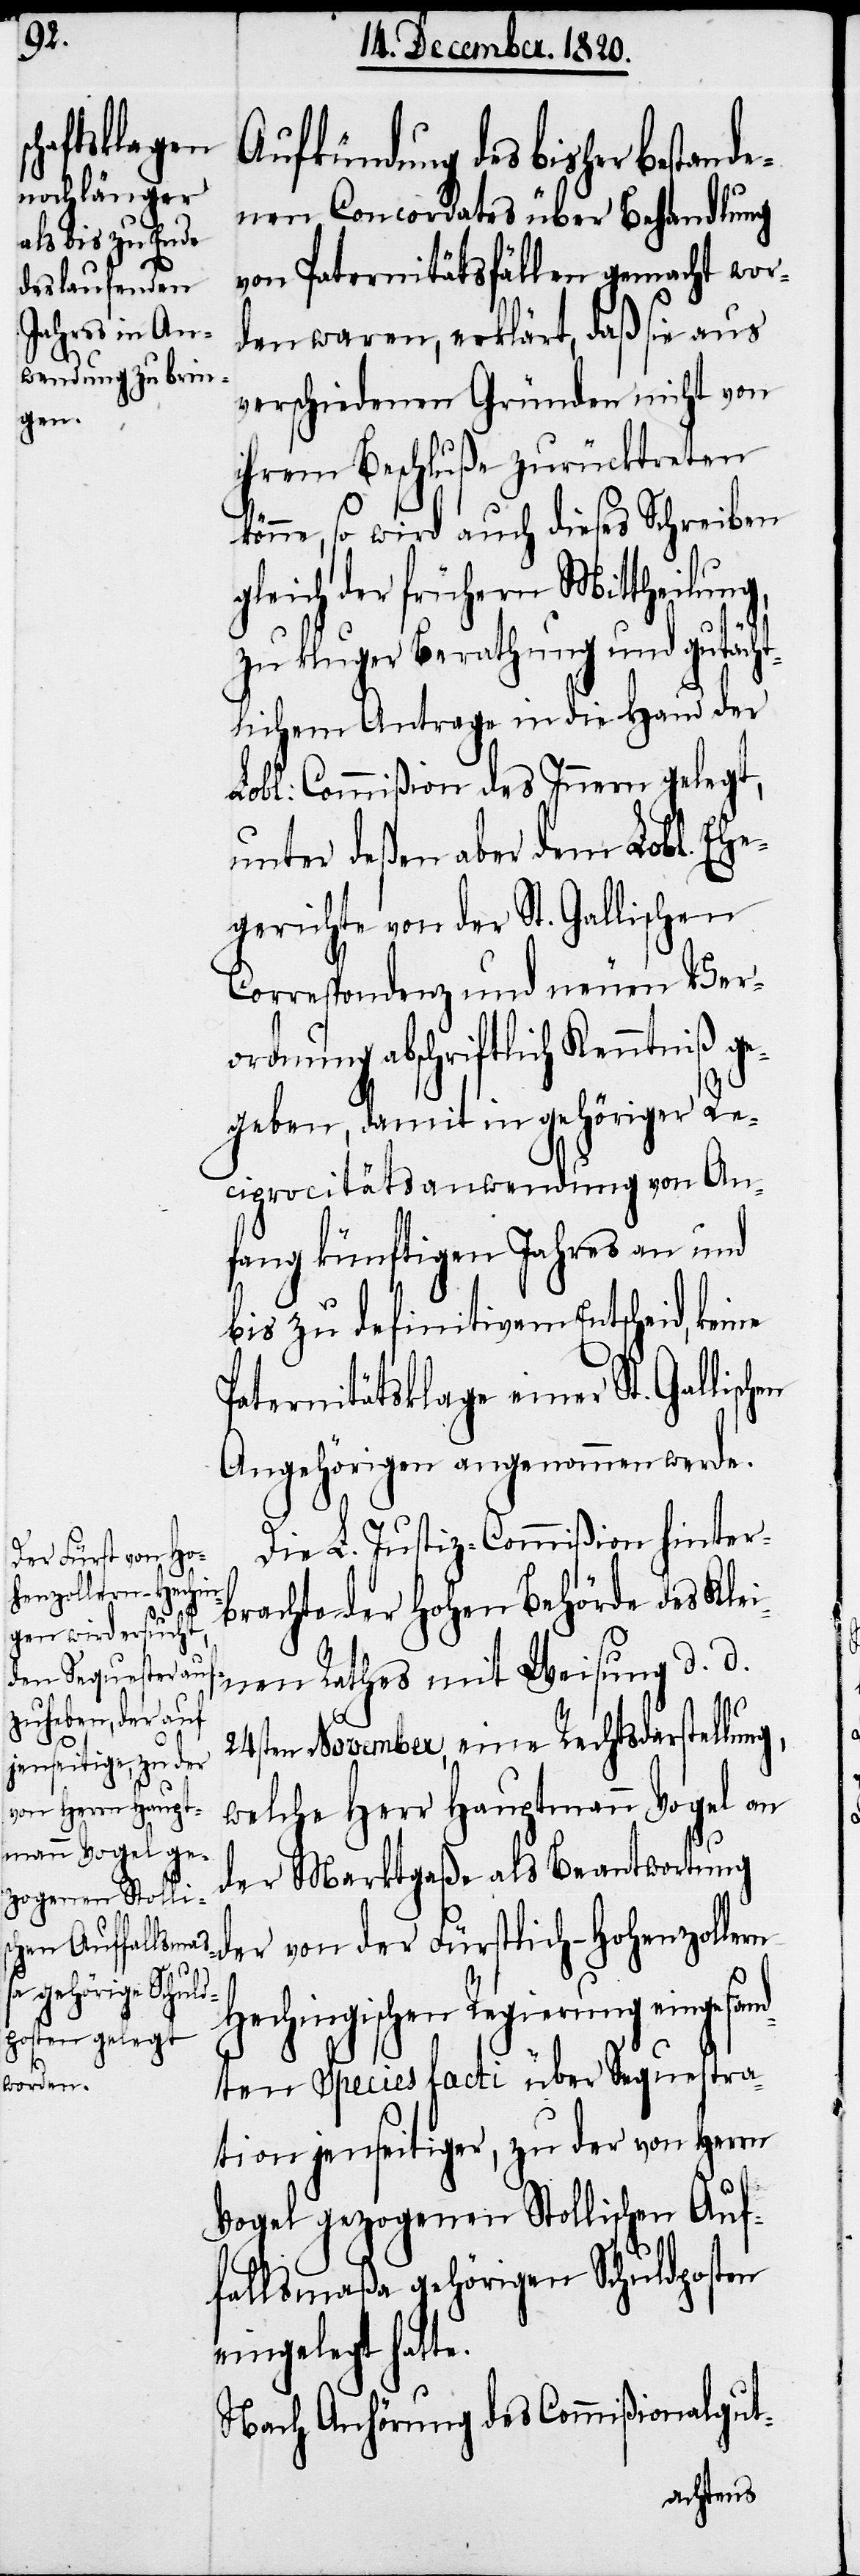
hen

Aufkündung des bisher bestand¬
enen Concordates über Behandlung
von Paternitätsfällen gemacht wor¬
den waren, erklärt, daß sie aus
verschiedenen Gründen nicht von
ihrem Beschluße zurücktreten
könne, so wird auch dieses Schreiben
gleich der frühern Mittheilung,
zu kluger Berathung und gutächt¬
lichem Antrage in die Hand der
Lobl: Commißion des Innern gelegt,
unter deßen aber dem Lobl. Ehe¬
gerichte von der St. Gallischen
Correspondenz und neuen Veror¬
dnung abschriftlich Kenntniß
gegeben, damit in gehöriger Rec¬
iprocitätsanwendung von An¬
fang künftigen Jahres an und
bis zu definitivem Entscheid,
Paternitätsklage einer St. Gallisc¬
Angehörigen angenommen werde.
Die L. Justiz-Commißion hinter¬
brachte der hohen Behörde des Klei¬
nen Rathes mit Weisung d. d.
24sten November, eine Rechtsdarstellung,
welche Herr Hauptmann Vogel an
der Marktgaße als Beantwortung
der von der Fürstlich-Hohenzollen
Hechingischen Regierung eingesan¬
dten Species facti über Sequestra¬
tion jenseitiger, zu der von Herrn
Vogel gezogenen Stollischen Auf¬
fallsmaßa gehörigen Schuldposten
eingelegt hatte.
Nach Anhörung des Commißionalgut-